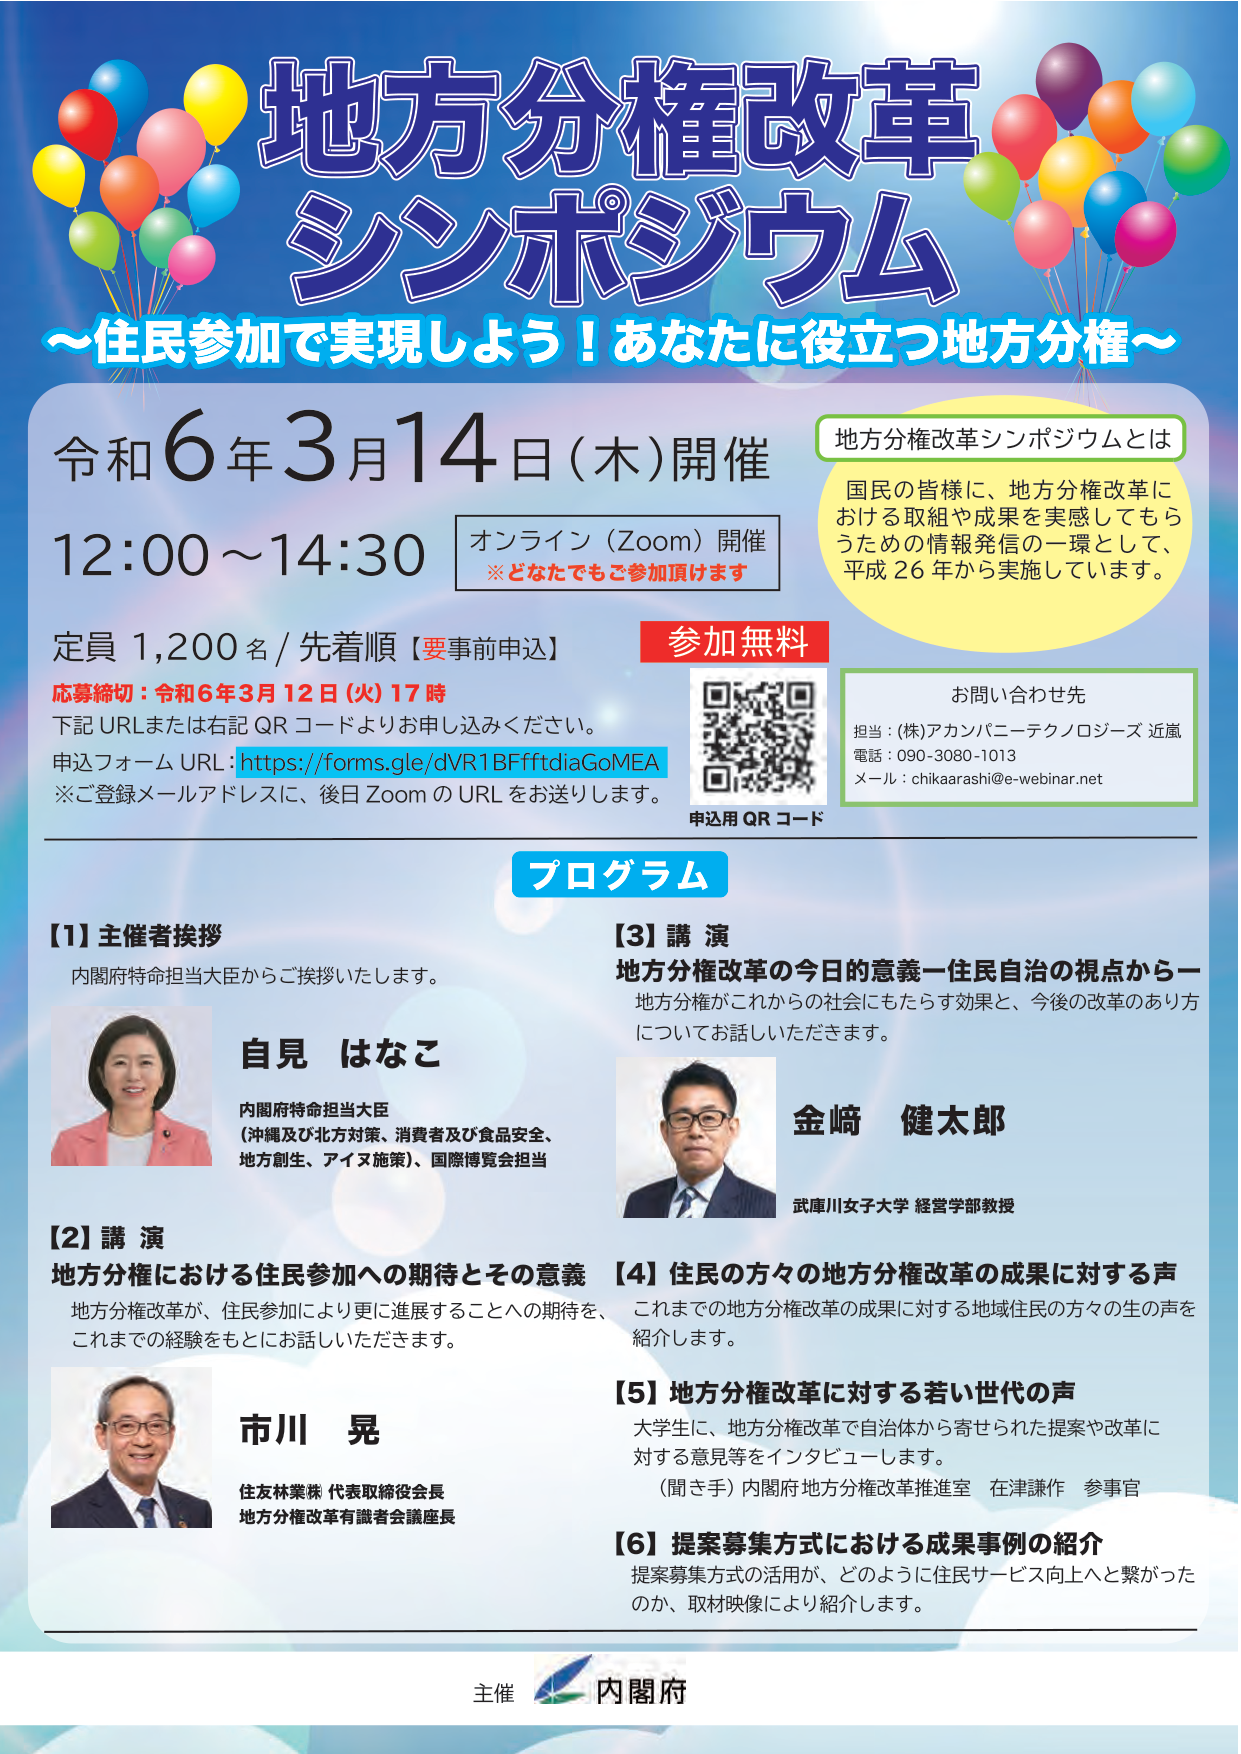
地方分権改革
シンポジウム
～住民参加で実現しよう！あなたに役立つ地方分権～

令和6年3月14日（木）開催
12:00～14:30
オンライン（Zoom）開催
※どなたでもご参加頂けます

定員 1,200名 / 先着順【要事前申込】
応募締切：令和6年3月12日（火）17時
下記URLまたは右記QRコードよりお申し込みください。
申込フォームURL：https://forms.gle/dVR1BFfftdiaGoMEA
※ご登録メールアドレスに、後日ZoomのURLをお送りします。

参加無料

申込用QRコード

地方分権改革シンポジウムとは
国民の皆様に、地方分権改革における取組や成果を実感してもらうための情報発信の一環として、平成26年から実施しています。

お問い合わせ先
担当：(株)アカンパニーテクノロジーズ 近嵐
電話：090-3080-1013
メール：chikaarashi@e-webinar.net

プログラム

【1】主催者挨拶
内閣府特命担当大臣からご挨拶いたします。

自見 はなこ
内閣府特命担当大臣
（沖縄及び北方対策、消費者及び食品安全、地方創生、アイヌ施策）、国際博覧会担当

【2】講演
地方分権における住民参加への期待とその意義
地方分権改革が、住民参加により更に進展することへの期待を、これまでの経験をもとにご話しいただきます。

市川 晃
住友林業㈱ 代表取締役会長
地方分権改革有識者会議座長

【3】講演
地方分権改革の今日的意義ー住民自治の視点からー
地方分権がこれからの社会にもたらす効果と、今後の改革のあり方についてお話しいただきます。

金﨑 健太郎
武庫川女子大学 経営学部教授

【4】住民の方々の地方分権改革の成果に対する声
これまでの地方分権改革の成果に対する地域住民の方々の生の声を紹介します。

【5】地方分権改革に対する若い世代の声
大学生に、地方分権改革で自治体から寄せられた提案や改革に対する意見等をインタビューします。
（聞き手）内閣府 地方分権改革推進室 在津謙作 参事官

【6】提案募集方式における成果事例の紹介
提案募集方式の活用が、どのように住民サービス向上へと繋がったのか、取材映像により紹介します。

主催 内閣府